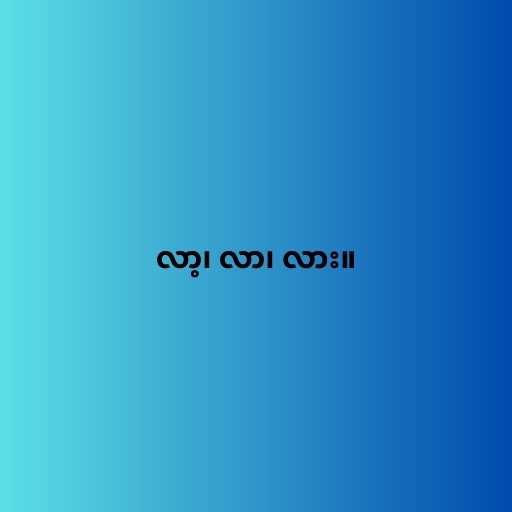
လာ့၊ လာ၊ လား။